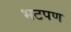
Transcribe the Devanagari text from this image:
भटपण